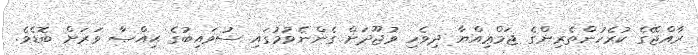
ރާއްޖޭގެ ކުރެހުންތެރިންގެ ޖަމްޢިއްޔާ ދިވެހި ވުޖޫދަށް ގެންނެވުމުގައި ސުވައިބުގެ ޙިއްޞާ ވަރަށް ބޮޑެވެ.